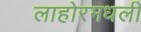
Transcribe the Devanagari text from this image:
लाहोरमधली